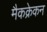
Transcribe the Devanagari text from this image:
मैकक्रेकन